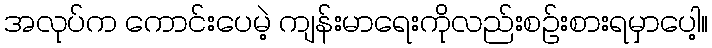
အလုပ်က ကောင်းပေမဲ့ ကျန်းမာရေးကိုလည်းစဉ်းစားရမှာပေါ့။